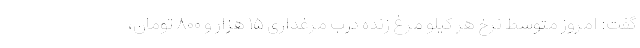
گفت: امروز متوسط نرخ هر کیلو مرغ زنده درب مرغداری ۱۵ هزار و ۸۰۰ تومان،